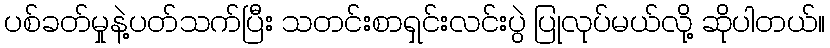
ပစ်ခတ်မှုနဲ့ပတ်သက်ပြီး သတင်းစာရှင်းလင်းပွဲ ပြုလုပ်မယ်လို့ ဆိုပါတယ်။